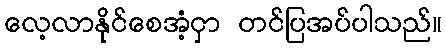
လေ့လာနိုင်စေအံ့ငှာ တင်ပြအပ်ပါသည်။